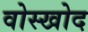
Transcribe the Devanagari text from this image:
वोस्खोद